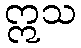
ဣသ